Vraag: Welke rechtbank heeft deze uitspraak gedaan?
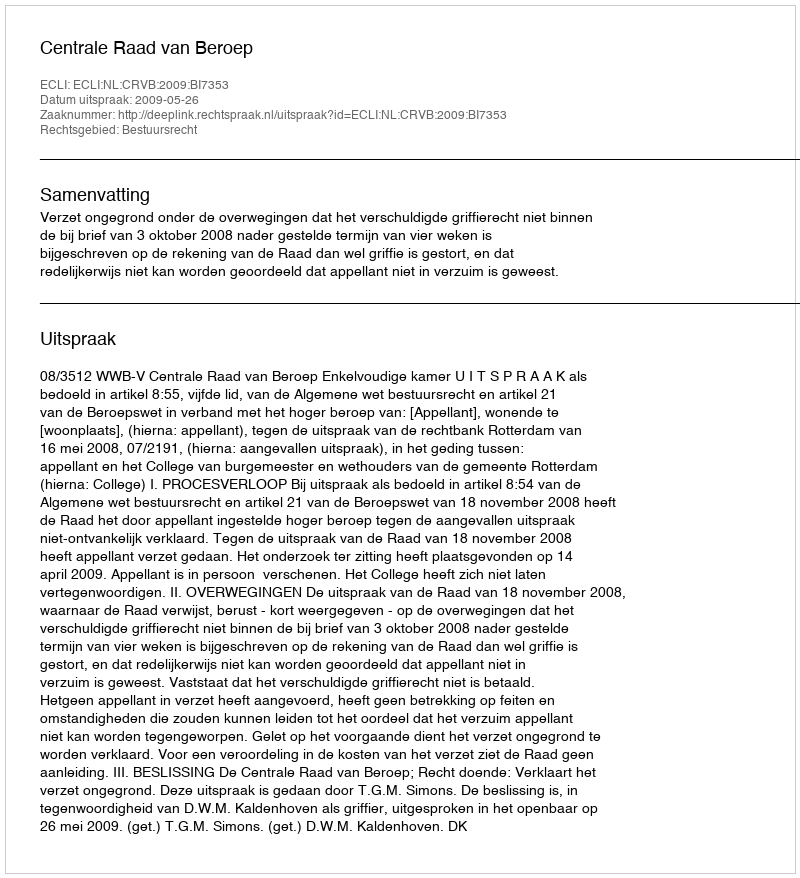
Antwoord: Centrale Raad van Beroep